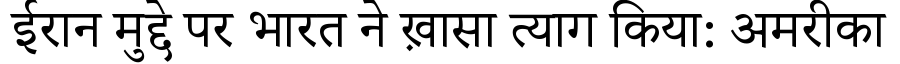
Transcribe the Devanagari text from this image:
ईरान मुद्दे पर भारत ने ख़ासा त्याग किया: अमरीका